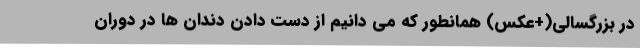
در بزرگسالی(+عکس) همانطور که می دانیم از دست دادن دندان ها در دوران